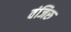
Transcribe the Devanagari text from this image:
वंजिरु